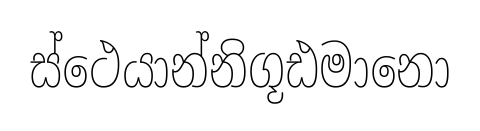
ස්ථෙයාන්නිගූඪමානො